Vaccination in Burma 1889-1999 - 1889-1999
Year: 1889
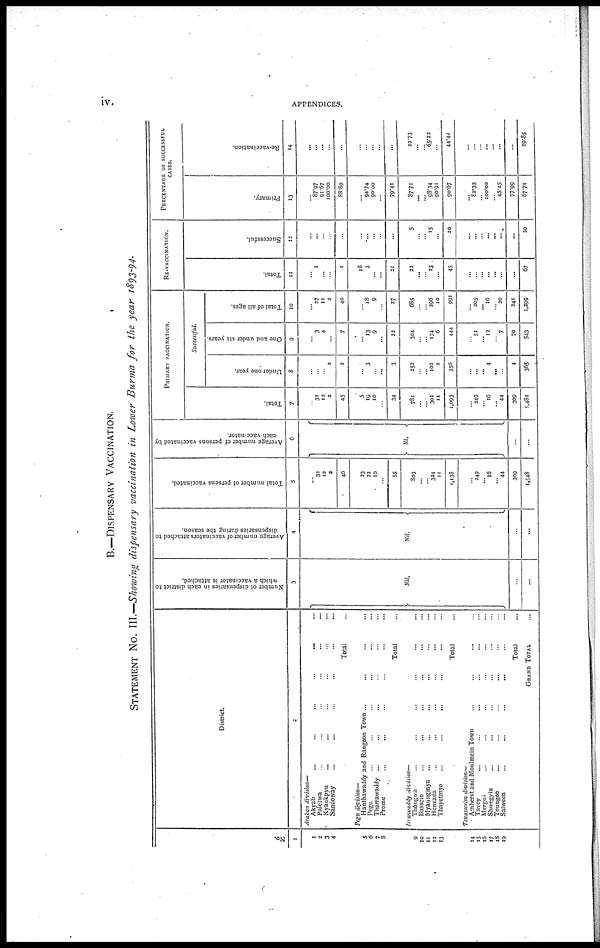
iv.
APPENDICES.
B.—DISPENSARY VACCINATION.
STATEMENT No. III.—Showing dispensary vaccination in Lower Burma for the year 1893-94.
No.
1
1
2
3
4
5
6
7
8
9
10
11
12
13
14
15
16
17
18
19
District
2
Arakan division—
Akyab
...
...
...
Paletwa... ... ...
Kyaukpyu
...
...
Sandoway
...
...
...
...
Total...
Pegu
division—
Hanthawaddy and Rangoon Town ... ... ...
Pegu ... ...
Tharrawaddy ... ... ...
Prome... ...
Total...
Irrawaddy
division—
Thôngwa... ...
Bassein...
...
Myaungmya... ... ...
Henzada... ... ...
Thayetmyo...
...
...
Total...
Tenasserim division—
Amherst and Moulmein Town...
Tavoy... ...
Mergui... ...
Shwegyin...
...
Toungoo... ... ...
Salween...
...
...
Total...
GRAND TOTAL...
Number of dispensaries in each district to
which a vaccinator is attached.
3
...
Nil.
...
...
Average number of vaccinators attached to
dispensaries during the season.
4
...
Nil.
...
...
Total number of persons vaccinated.
5
...
32
12
2
46
23
22
10
...
55
803
...
...
324
11
1,138
...
249
...
16
... 44
309
1,548
Average number of persons vaccinated by
each vaccinator.
6
...
Nl.
...
...
PRIMARY VACCINATION.
Total.
7
...
31
12
2
45
5
19
10
...
34
781
...
...
301
11
1,093
...
249
...
16
...
44
309
1,481
Successful.
Under one year.
8
...
...
...
2
2
...
3
...
...
3
252
...
...
102
2
356
...
...
... 4
...
...
4
365
One and under six years.
9
...
3
4
...
7
...
13
9
...
22
304
...
...
134
6
444
...
51
...
12
...
7
70
543
Total of all ages.
10
'" 27 11
2
40
...
18
9
...
27
685
...
...
296
10
991
...
205
... 16
...
20
241
1,299
RE-VACCINATION.
Total.
11
...
1
...
...
1
18
3
...
...
21
22
...
...
23
...
45
...
...
...
...
...
...
...
67
Successful.
12
...
...
...
...
...
...
...
...
...
...
5
...
...
15
...
20
...
...
...
...
... ...
...
20
PERCENTAGE OF SUCCESSFUL
CASES.
Primary.
13
87.97 ...
91.67
100.00
88.89
...
94.74
90.00
...
79.41
87.71
...
... 98.34
90.91
90.67
... 82.33
...
100.00
...
45.45
77.99
87.71
Re-vaccination.
14
...
...
...
...
...
...
...
...
...
...
22.73
...
...
65.22
...
44.44
...
...
...
...
...
...
...
29.85